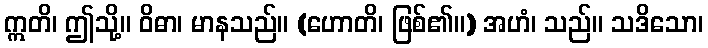
ဣတိ၊ ဤသို့။ ဝိဓာ၊ မာနသည်။ (ဟောတိ၊ ဖြစ်၏။) အဟံ၊ သည်။ သဒိသော၊